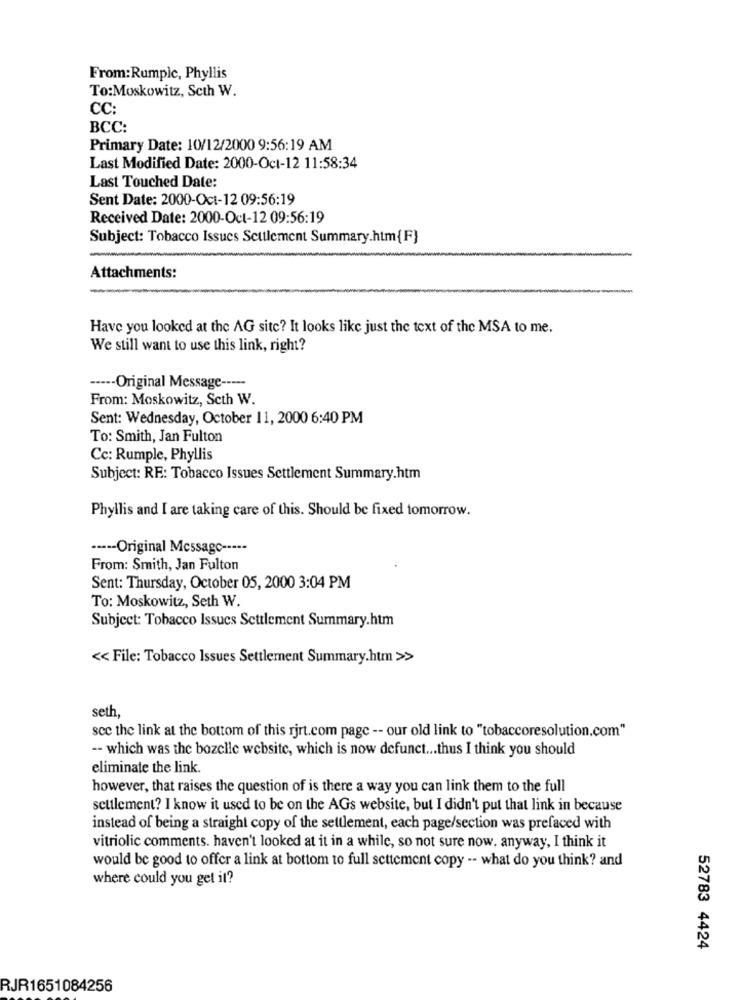
From: Rumplc, Phyllis
To:Moskowitz, Scth W.
CC:
BCC:
Primary Date: 10/12/2000 9:56:19 AM
Last Modified Date: 2000-Oct-12 11:58:34
Last Touched Date:
Sent Date: 2000-Oct-12 09:56:19
Received Date: 2000-Oct-12 09:56:19
Subject: Tobacco Issues Seulement Summary.htm{F}
Attachments:
Have you looked at the AG site? It looks like just the text of the MSA to me.
We still want to use this link, right?
----- Original Message -----
From: Moskowitz, Seth W.
Sent: Wednesday, October 11, 2000 6:40 PM
To: Smith, Jan Fulton
Cc: Rumple, Phyllis
Subject: RE: Tobacco Issues Settlement Summary.htm
Phyllis and I are taking care of this. Should be fixed tomorrow.
----- Original Message -----
From: Smith, Jan Fulton
Sent: Thursday, October 05, 2000 3:04 PM
To: Moskowitz, Seth W.
Subject: Tobacco Issues Settlement Summary.htm
<< File: Tobacco Issues Settlement Summary.htm >>
seth
scc the link at the bottom of this rjrt.com page -- our old link to "tobaccoresolution.com"
-- which was the bozelle website, which is now defunct ... thus I think you should
eliminate the link.
however, that raises the question of is there a way you can link them to the full
settlement? I know it used to be on the AGs website, but I didn't put that link in because
instead of being a straight copy of the settlement, each page/section was prefaced with
vitriolic comments. haven't looked at it in a while, so not sure now. anyway, I think it
would be good to offer a link at bottom to full settement copy -- what do you think? and
where could you get it?
52783 4424
RJR1651084256